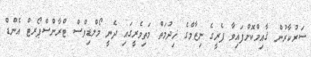
ސަރުކާރުން ޤާއިމްކޮށްފައިވާ ފެރީގެ ނިޒާމްގެ ޚިދުމަތް މަތިވެރީގައި ދެނީ މޯލްޑިވްސް ޓްރާންސްޕޯރޓް އެންޑް